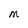
Character: M